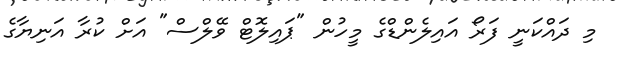
މި ދައްކަނީ ފަރޯ އައިލެންޑްގެ މީހުން "ޕައިލޮޓް ވޭލްސް" އަށް ކުރާ އަނިޔާގެ